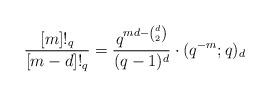
LaTeX: \begin{align*}\frac{[m]!_q}{[m - d]!_q} = \frac{q^{md - \binom{d}{2}}}{(q - 1)^d} \cdot (q^{-m}; q)_d\end{align*}